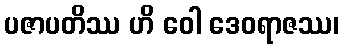
ပဇာပတိဿ ဟိ ဝေါ ဒေဝရာဇဿ၊